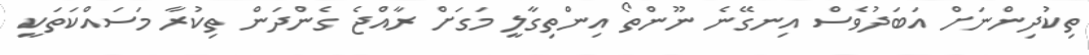
ތިކުދިންނަށް އަބަދުވެސް އިނގޭނެ ނޫންތޯ އިންތިގާލީ މަގަށް ރާއްޖެ ގެންދަން ތިކުރާ މަސައްކަތަކީ